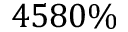
4 5 8 0 \%